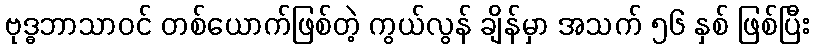
ဗုဒ္ဓဘာသာဝင် တစ်ယောက်ဖြစ်တဲ့ ကွယ်လွန် ချိန်မှာ အသက် ၅၆ နှစ် ဖြစ်ပြီး